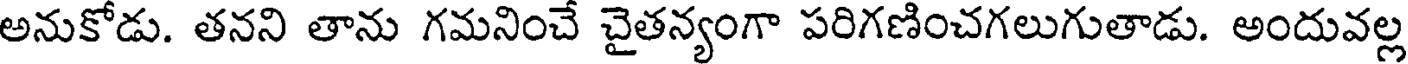
అనుకోడు. తనని తాను గమనించే చైతన్యంగా పరిగణించగలుగుతాడు. అందువల్ల